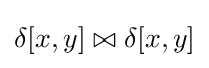
\delta [x,y]\bowtie \delta [x,y]